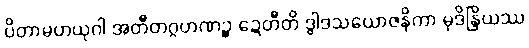
ပိတာမဟယုဂါ အတီတဂ္ဂဟဏဉ္စ ဍေတီတိ ဒွါဒသယောဇနိကာ မုဒိန္ဒြိယဿ